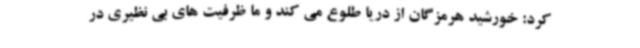
کرد: خورشید هرمزگان از دریا طلوع می کند و ما ظرفیت های بی نظیری در